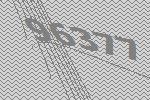
96377